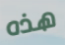
هذه